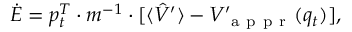
\dot { E } = p _ { t } ^ { T } \cdot m ^ { - 1 } \cdot \lbrack \langle \hat { V } ^ { \prime } \rangle - V _ { \mathrm { ~ a ~ p ~ p ~ r ~ } } ^ { \prime } ( q _ { t } ) ] ,